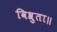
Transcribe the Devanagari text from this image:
विश्रुता॥